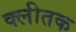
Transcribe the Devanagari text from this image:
क्लीतक